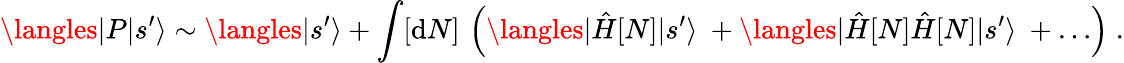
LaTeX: \langles|P|s^{\prime}\rangle\sim\langles|s^{\prime}\rangle+\int[\mathrm{d}N]\, \left(\langles|\hat{{H}}[N]|s^{\prime}\rangle\ +\langles|\hat{{H}}[N]\hat{{H}}[N]|s^{\prime}\rangle\ +\ldots\right)\; .